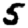
Digit: 5